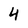
Character: 4